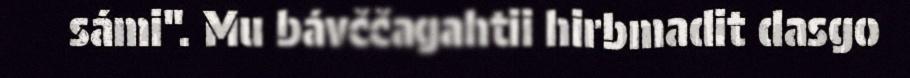
sámi". Mu bávččagahtii hirbmadit dasgo